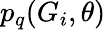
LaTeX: p_{q}(G_{i},\theta)